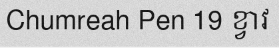
Chumreah Pen 19 ខ្វាវ